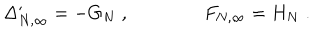
LaTeX: \Delta _ { N , \infty } ^ { \prime } = - G _ { N } \; , \qquad \qquad F _ { N , \infty } = H _ { N } \; .